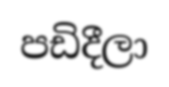
පඩිදීලා